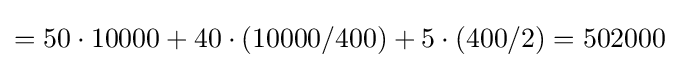
=50\cdot 10000+40\cdot (10000/400)+5\cdot (400/2)=502000